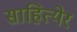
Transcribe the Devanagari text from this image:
साहित्येर